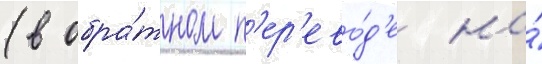
(в обра́тном п'ер'ево́д'е на́